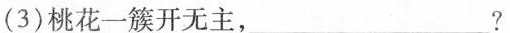
(3)桃花一簇开无主，___?